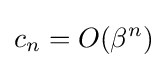
c_{n}=O(\beta ^{n})